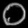
Digit: ၀